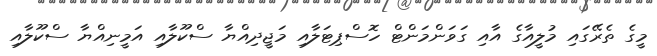
މީގެ ތެރޭގައި މުލީއާގެ އާއި ގަވަންމަންޓް ހޮސްޕިޓަލާއި މަޖީދިއްޔާ ސްކޫލާއި އަމީނިއްޔާ ސްކޫލާއި